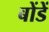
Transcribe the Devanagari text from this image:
बोंडें